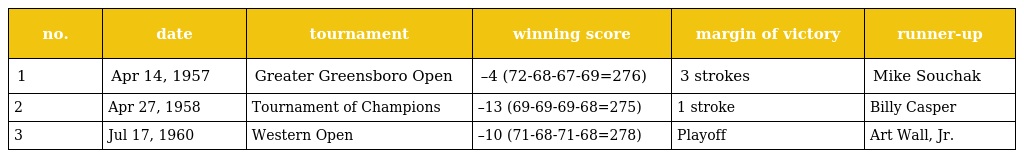
| no. | date | tournament | winning score | margin of victory | runner-up |
 | --- | --- | --- | --- | --- | --- |
 | 1 | Apr 14, 1957 | Greater Greensboro Open | –4 (72-68-67-69=276) | 3 strokes | Mike Souchak |
 | 2 | Apr 27, 1958 | Tournament of Champions | –13 (69-69-69-68=275) | 1 stroke | Billy Casper |
 | 3 | Jul 17, 1960 | Western Open | –10 (71-68-71-68=278) | Playoff | Art Wall, Jr. |